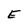
Character: E